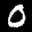
Label: 0